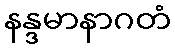
နန္ဒမာနာဂတံ